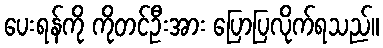
ပေးရန်ကို ကိုတင်ဦးအား ပြောပြလိုက်ရသည်။